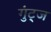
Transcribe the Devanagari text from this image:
गुंट्ज